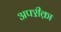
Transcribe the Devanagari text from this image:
अफ्ऱीक़ा